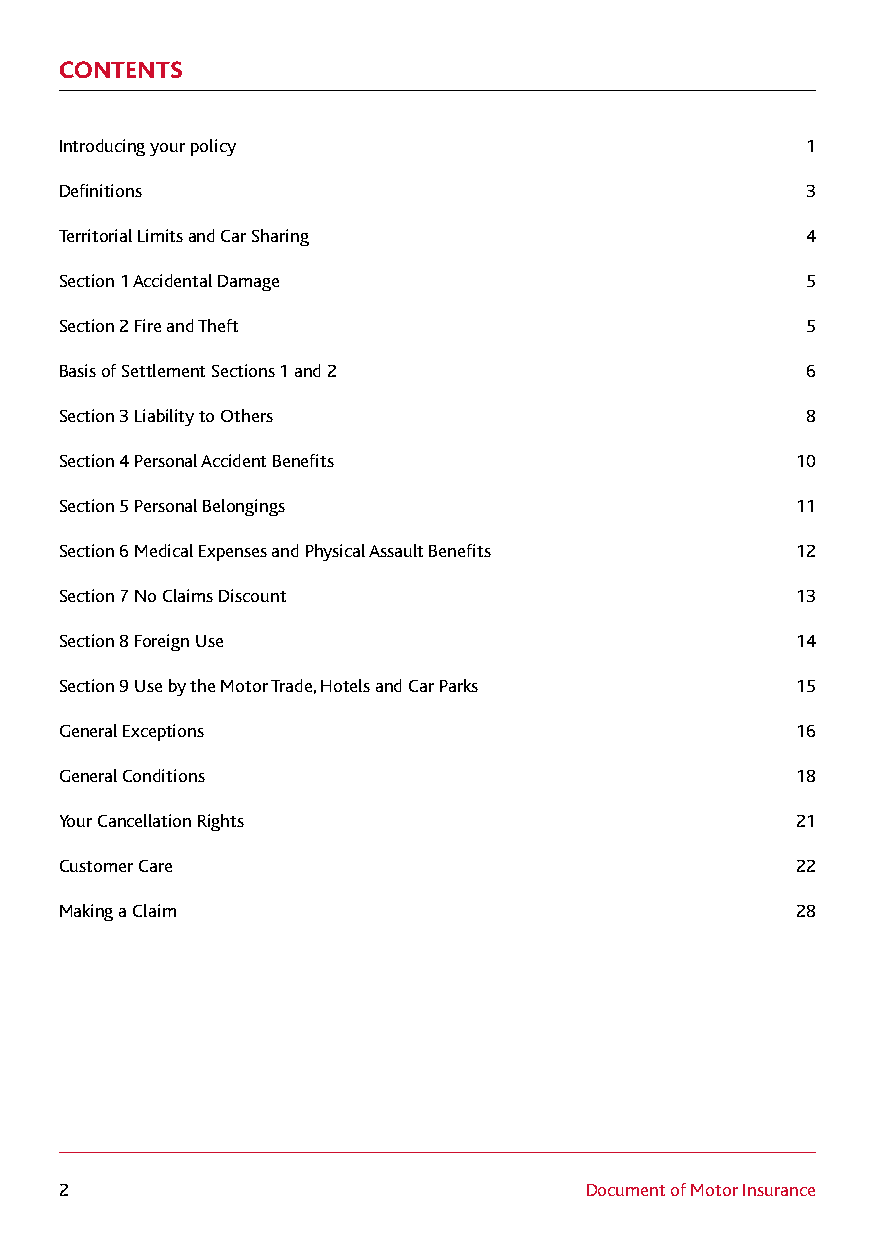
CONTENTS
 Introducing your policy                          1
 Definitions                                      3
 Territorial Limits and Car Sharing               4
 Section 1 Accidental Damage                      5
 Section 2 Fire and Theft                         5
 Basis of Settlement Sections 1 and 2             6
 Section 3 Liability to Others                    8
 Section 4 Personal Accident Benefits             10
 Section 5 Personal Belongings                    11
 Section 6 Medical Expenses and Physical Assault Benefits 12
 Section 7 No Claims Discount                     13
 Section 8 Foreign Use                            14
 Section 9 Use by the Motor Trade, Hotels and Car Parks 15
 General Exceptions                               16
 General Conditions                               18
 Your Cancellation Rights                         21
 Customer Care                                    22
 Making a Claim                                   28
 2                                  Document of Motor Insurance